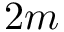
2 m